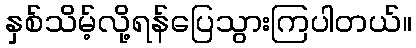
နှစ်သိမ့်လို့ရန်ပြေသွားကြပါတယ်။